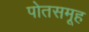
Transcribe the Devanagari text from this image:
पोतसमूह